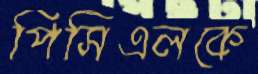
পিসিএলকে